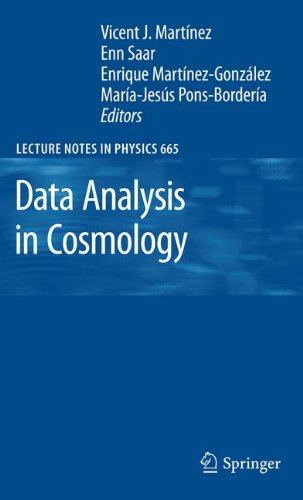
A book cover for Data Analysis in Cosmology (Lecture Notes in Physics); Science & Math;